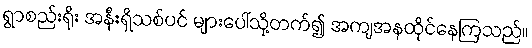
ရွာစည်းရိုး အနီးရှိသစ်ပင် များပေါ်သို့တက်၍ အကျအနထိုင်နေကြသည်။